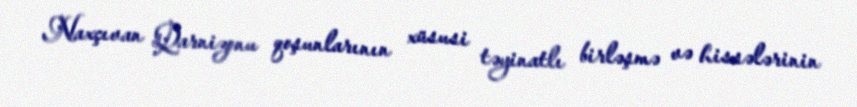
Naxçıvan Qarnizonu qoşunlarının xüsusi təyinatlı birləşmə və hissələrinin